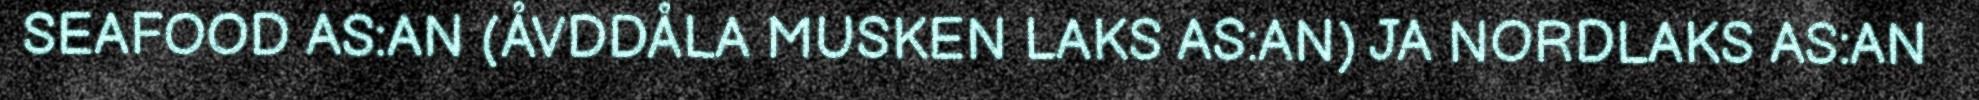
SEAFOOD AS:AN (ÅVDDÅLA MUSKEN LAKS AS:AN) JA NORDLAKS AS:AN